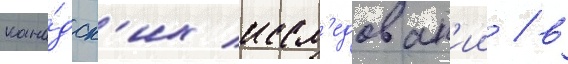
кана́дск'их иссл'едован'ии / в